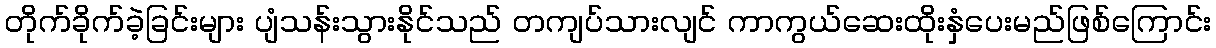
တိုက်ခိုက်ခဲ့ခြင်းများ ပျံသန်းသွားနိုင်သည် တကျပ်သားလျင် ကာကွယ်ဆေးထိုးနှံပေးမည်ဖြစ်ကြောင်း